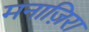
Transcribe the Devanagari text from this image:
मनाज़िरा